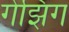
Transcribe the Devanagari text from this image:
गेझिंग